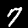
Label: 7